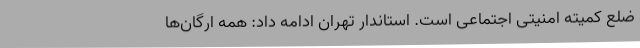
ضلع کمیته‌ امنیتی اجتماعی است. استاندار تهران ادامه داد: همه ارگان‌ها